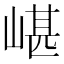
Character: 嵁